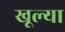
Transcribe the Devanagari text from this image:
खूल्या